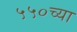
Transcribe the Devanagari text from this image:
५५०च्या